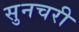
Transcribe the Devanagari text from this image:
सुनचरी